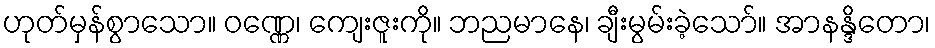
ဟုတ်မှန်စွာသော။ ဝဏ္ဏေ၊ ကျေးဇူးကို။ ဘညမာနေ၊ ချီးမွမ်းခဲ့သော်။ အာနန္ဒိတော၊